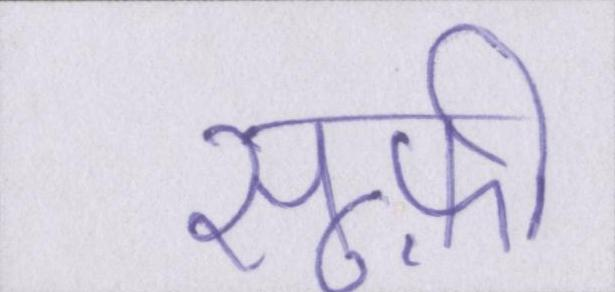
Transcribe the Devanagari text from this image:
सूफ़ी